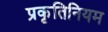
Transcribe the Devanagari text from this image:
प्रकृतिनियम